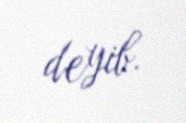
deyib.